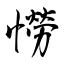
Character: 憦